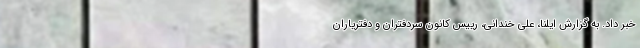
خبر داد. به گزارش ایلنا، علی خندانی، رییس کانون سردفتران و دفتریاران